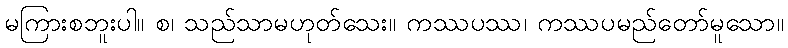
မကြားစဘူးပါ။ စ၊ သည်သာမဟုတ်သေး။ ကဿပဿ၊ ကဿပမည်တော်မူသော။